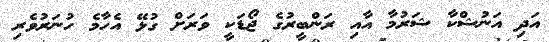
އަދި އަނުޝްކާ ޝަރުމާ އާއި ރަންބީރުގެ ޖޯޑަކީ ވަރަށް ގުޅޭ އެހާމެ ހުނަރުވެރި